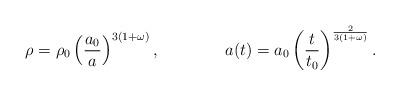
LaTeX: \begin{align*}\rho = \rho_0 \left({a_0\over a}\right)^{3(1+\omega)},\qquad\qquad a(t) = a_0 \left( {t\over t_0}\right)^{{2\over 3(1+\omega)}}.\end{align*}